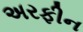
અરફીન